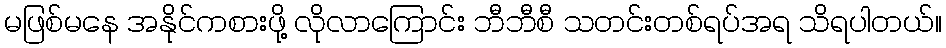
မဖြစ်မနေ အနိုင်ကစားဖို့ လိုလာကြောင်း ဘီဘီစီ သတင်းတစ်ရပ်အရ သိရပါတယ်။